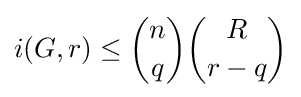
i(G,r)\leq {n \choose q}{R \choose r-q}